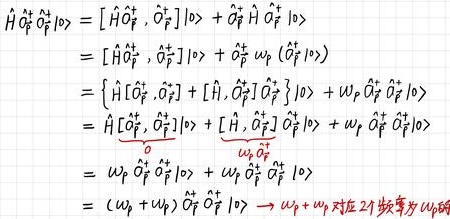
\begin{align*}
\hat{H}\hat{a}_{P}^{\dagger}\hat{a}_{F}^{\dagger}|0\rangle&=[\hat{H}\hat{a}_{F}^{\dagger},\hat{a}_{P}^{\dagger}]|0\rangle+\hat{a}_{P}^{\dagger}\hat{H}\hat{a}_{F}^{\dagger}|0\rangle\\
&=[\hat{H}\hat{a}_{F}^{\dagger},\hat{a}_{P}^{\dagger}]|0\rangle+\hat{a}_{P}^{\dagger}\omega_{F}(\hat{a}_{F}^{\dagger}|0\rangle)\\
&=\left\{\hat{H}[\hat{a}_{F}^{\dagger},\hat{a}_{P}^{\dagger}]+[\hat{H},\hat{a}_{P}^{\dagger}]\hat{a}_{F}^{\dagger}\right\}|0\rangle+\omega_{F}\hat{a}_{P}^{\dagger}\hat{a}_{F}^{\dagger}|0\rangle\\
&=\hat{H}\underbrace{[\hat{a}_{F}^{\dagger},\hat{a}_{P}^{\dagger}]}_{0}|0\rangle+\underbrace{[\hat{H},\hat{a}_{P}^{\dagger}]}_{\omega_{P}\hat{a}_{P}^{\dagger}}\hat{a}_{F}^{\dagger}|0\rangle+\omega_{F}\hat{a}_{P}^{\dagger}\hat{a}_{F}^{\dagger}|0\rangle\\
&=\omega_{P}\hat{a}_{P}^{\dagger}\hat{a}_{F}^{\dagger}|0\rangle+\omega_{F}\hat{a}_{P}^{\dagger}\hat{a}_{F}^{\dagger}|0\rangle\\
&=(\omega_{P}+\omega_{F})\hat{a}_{P}^{\dagger}\hat{a}_{F}^{\dagger}|0\rangle\to\omega_{P}+\omega_{F}\text{ 对应2个数为 }\omega_{P}\omega_{F}
\end{align*}